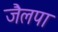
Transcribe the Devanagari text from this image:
जैलपा